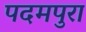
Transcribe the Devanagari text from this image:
पदमपुरा